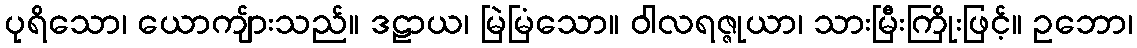
ပုရိသော၊ ယောကျ်ားသည်။ ဒဠာယ၊ မြဲမြံသော။ ဝါလရဇ္ဇုယာ၊ သားမြီးကြိုးဖြင့်။ ဥဘော၊